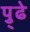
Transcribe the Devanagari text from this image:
पु्ढे